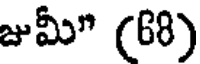
జుమీ" (68)